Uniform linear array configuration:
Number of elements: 12
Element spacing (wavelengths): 1
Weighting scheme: hamming
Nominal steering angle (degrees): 0
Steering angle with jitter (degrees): -0.2121
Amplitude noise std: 0.05
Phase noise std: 0.05

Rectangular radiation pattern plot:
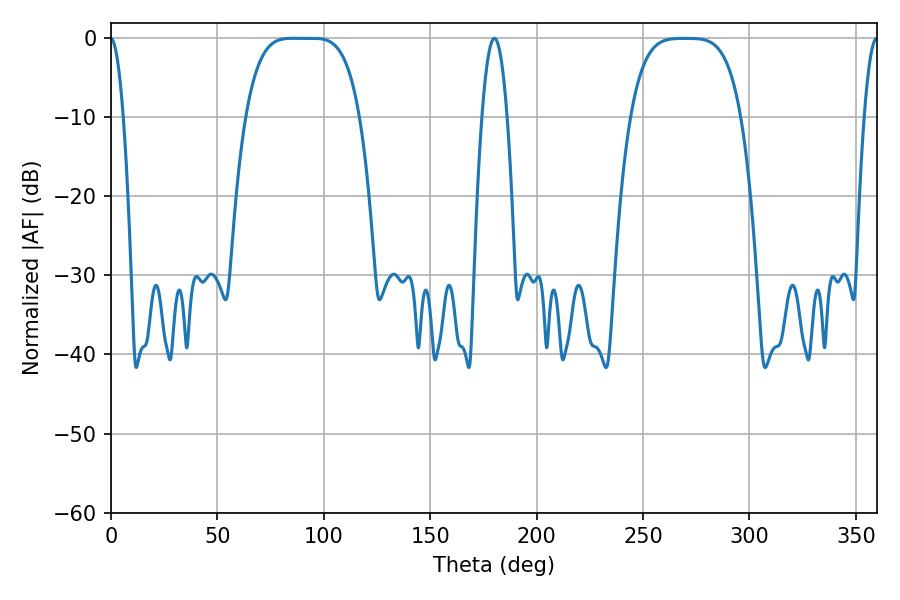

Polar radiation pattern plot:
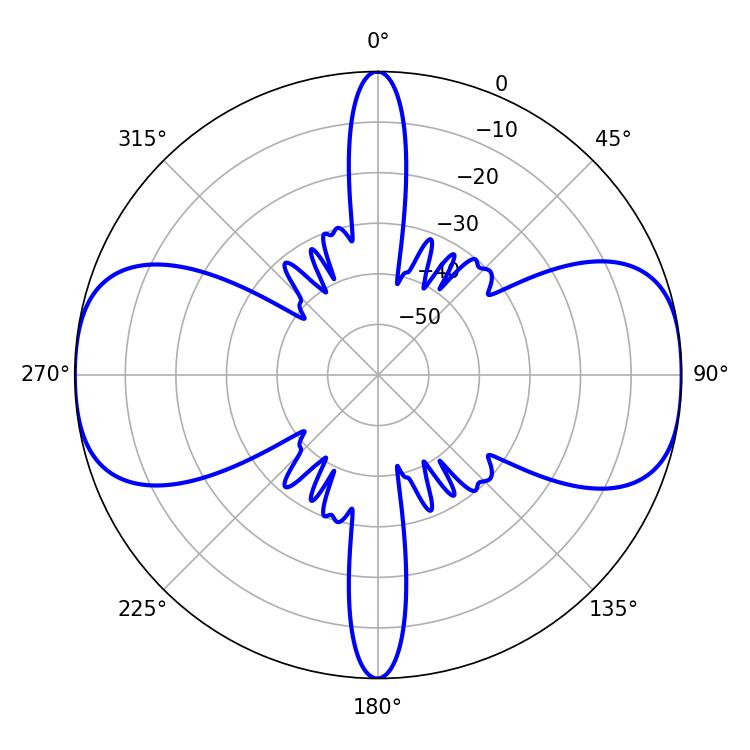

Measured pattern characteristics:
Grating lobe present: TRUE
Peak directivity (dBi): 17.24
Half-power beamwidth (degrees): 39.96
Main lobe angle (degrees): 85.5